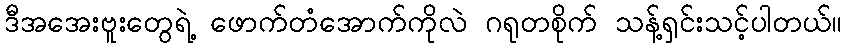
ဒီအအေးဗူးတွေရဲ့ ဖောက်တံအောက်ကိုလဲ ဂရုတစိုက် သန့်ရှင်းသင့်ပါတယ်။